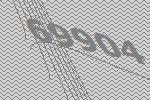
69904